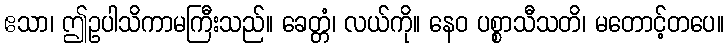
ဧသာ၊ ဤဥပါသိကာမကြီးသည်။ ခေတ္တံ၊ လယ်ကို။ နေဝ ပစ္စာသီသတိ၊ မတောင့်တပေ။